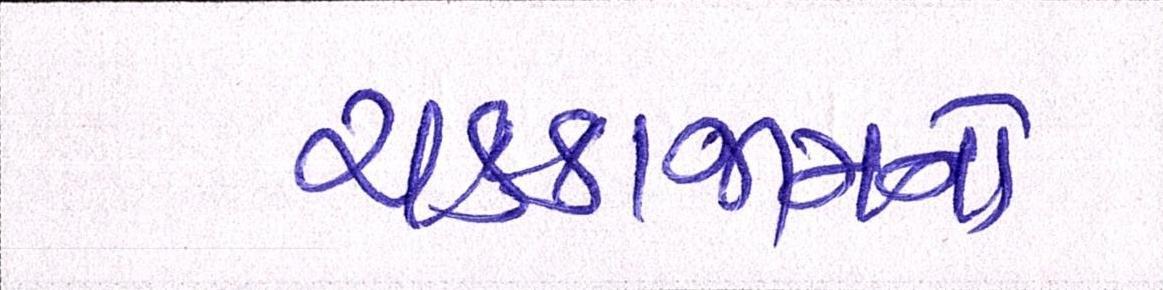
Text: ચક્કાજામનો